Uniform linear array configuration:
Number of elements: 64
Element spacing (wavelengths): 0.25
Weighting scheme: hann
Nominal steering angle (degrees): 0
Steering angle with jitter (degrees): -1.328
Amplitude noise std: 0.05
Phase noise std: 0.05

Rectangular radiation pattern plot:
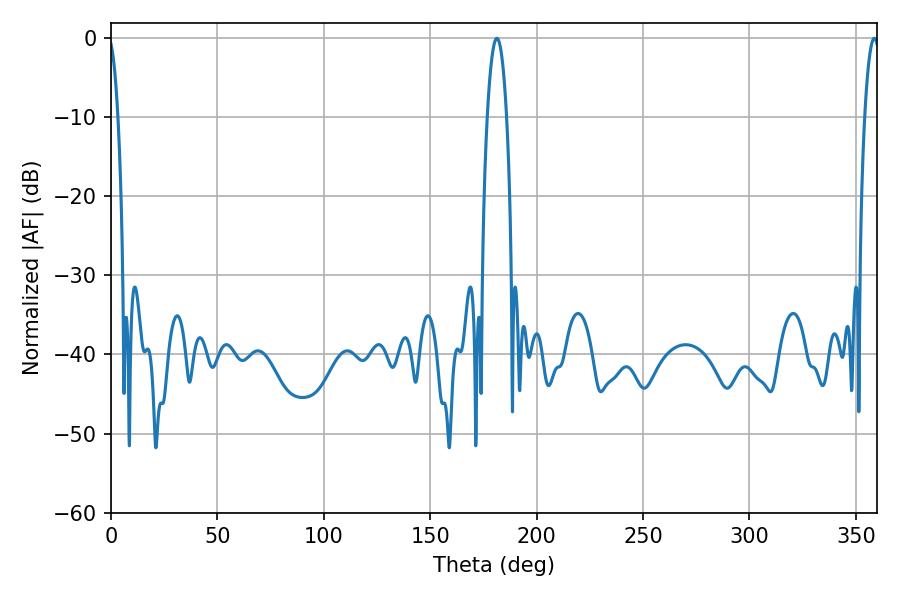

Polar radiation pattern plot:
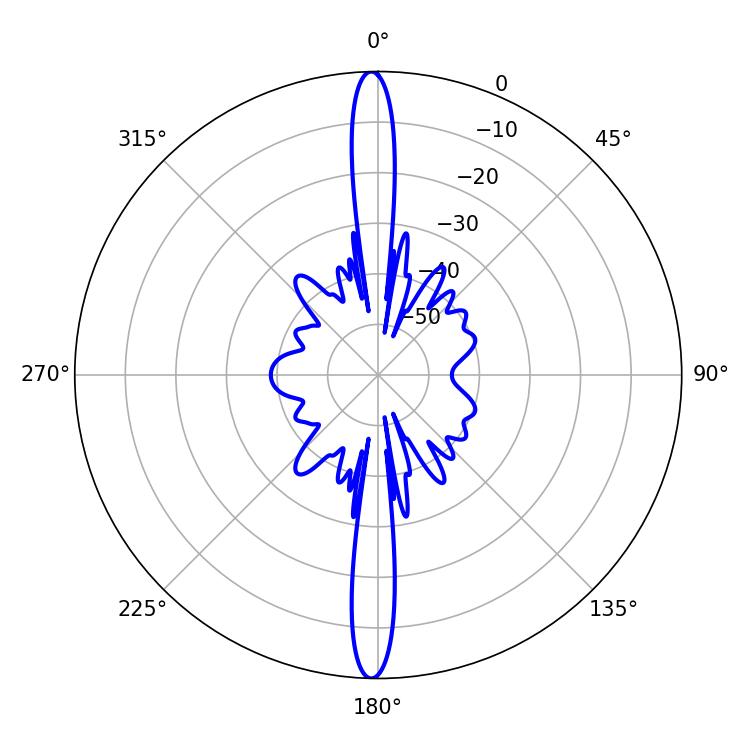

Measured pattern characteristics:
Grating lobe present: FALSE
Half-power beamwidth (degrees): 5.04
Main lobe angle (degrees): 181.26